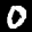
Label: 0